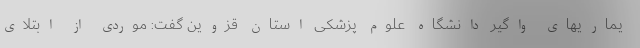
یماریهای واگیر دانشگاه علوم پزشکی استان قزوین گفت: موردی از ابتلای